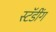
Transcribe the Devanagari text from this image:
स्टॅडींग